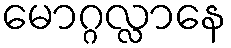
မောဂ္ဂလ္လာနေ